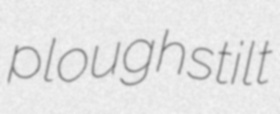
ploughstilt